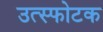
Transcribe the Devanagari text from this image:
उत्स्फोटक